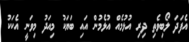
އެފަދަ ލޯބިވެތި ދިރި އުޅުމެއް އުޅެމުން އައި ބަޔަކު މިއަދު މިވަނީ އެކަކު